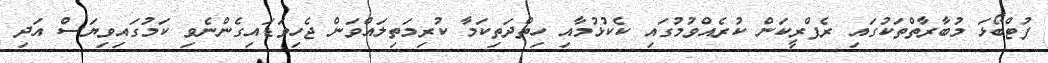
ފުޓްބޯޅަ މުބާރާތްތަކުގައި ރެފްރީކަން ކުރެއްވުމުގައި ކެކުޅުމާއި ހިތްދަތިކަމާ ކުރިމަތިލައްވަން ޖެހިވަޑައިގެންނެވި ކަމުގައިވިޔަސް އަދި